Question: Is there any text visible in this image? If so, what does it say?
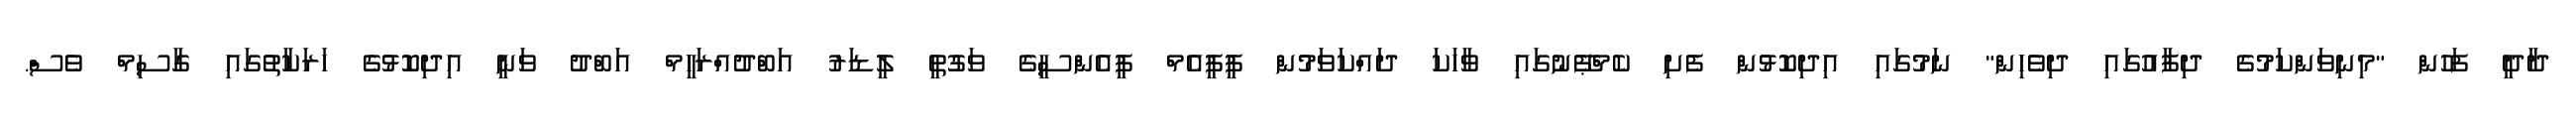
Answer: ދާދީ ފަހުން "މިނިވަންކަމުގެ ދިފާއުގައި ދިވެހިން" ނަމުގައި އިދިކޮޅުން ފެށި ކެމްޕޭނުގައި ވާހަކަ ދައްކަވަމުން ޕީޕީއެމް ޕީއެންސީގެ ވަގުތީ ލީޑަރު އަބްދުއްރަހީމް އަބްދު ވަނީ އިދިކޮޅުގެ ހަރަކާތުގައި ގާސިމް ވެސް.